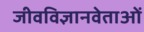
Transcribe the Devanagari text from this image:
जीवविज्ञानवेताओं